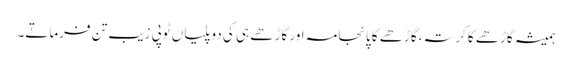
ہمیشہ گاڑھے کا کرتہ، گاڑھے کا پائجامہ اور گاڑھے ہی کی دوپلیاں ٹوپی زیب تن فرماتے۔